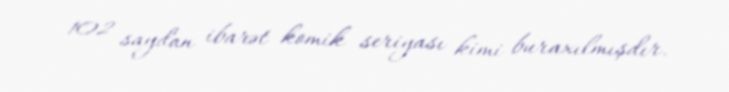
102 saydan ibarət komik seriyası kimi buraxılmışdır.